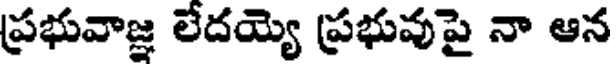
ప్రభువాజ్ఞ లేదయ్యె ప్రభువుపై నా ఆన